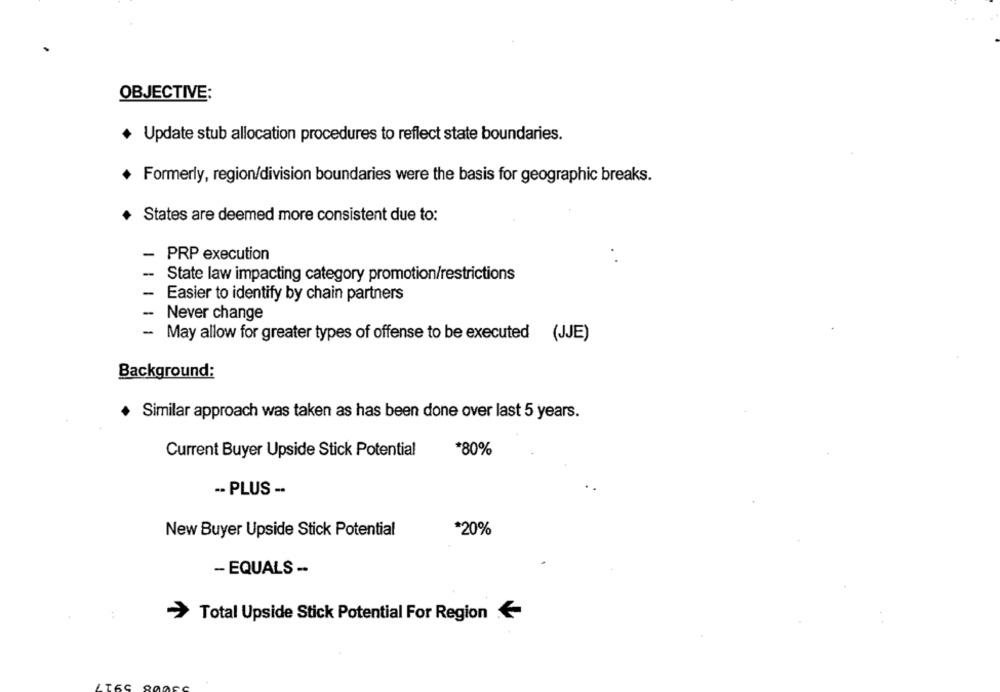
OBJECTIVE:
Update stub allocation procedures to reflect state boundaries.
Formerly, region/division boundaries were the basis for geographic breaks.
States are deemed more consistent due to:
-
PRP execution
-
State law impacting category promotion/restrictions
- Easier to identify by chain partners
-
Never change
-
May allow for greater types of offense to be executed (JJE)
Background:
+ Similar approach was taken as has been done over last 5 years.
Current Buyer Upside Stick Potential
*80%
-. PLUS -.
New Buyer Upside Stick Potential
*20%
- EQUALS --
Total Upside Stick Potential For Region -